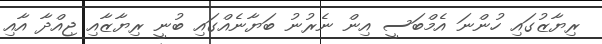
ރިޔާޒުގައި ހުންނަ އެމްބަސީ އިން ނެެރުނު ބަޔާނެއްގައި ބުނީ ރިޔާޒާއި ޖިއްދާ އާއި